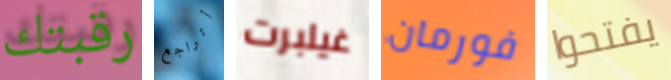
رقبتك أتراجع غيلبرت فورمان يفتحوا